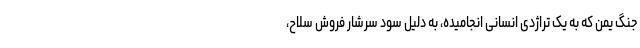
جنگ یمن که به یک تراژدی انسانی انجامیده، به دلیل سود سرشار فروش سلاح،